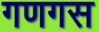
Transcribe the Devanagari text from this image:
गणगस